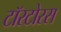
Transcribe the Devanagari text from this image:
टॉरटोरस